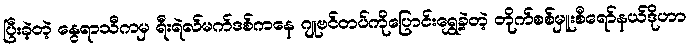
ပြီးခဲ့တဲ့ နွေရာသီကမှ ရီးရဲလ်မက်ဒစ်ကနေ ဂျုဗင်တပ်ကိုပြောင်းရွှေ့ခဲ့တဲ့ တိုက်စစ်မှူးစီရော်နယ်ဒိုဟာ